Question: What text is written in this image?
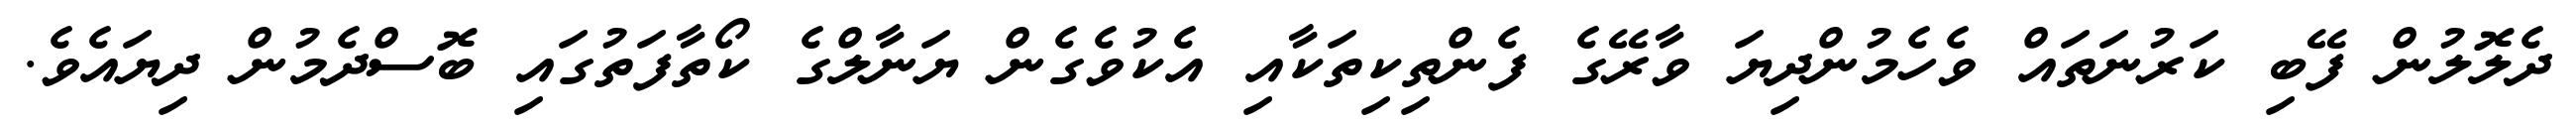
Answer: ދެލޮލުން ފޭބި ކަރުނަތައް ވެހެމުންދިޔަ ވާރޭގެ ފެންތިކިތަކާއި އެކުވެގެން ޔަނާލްގެ ކޯތާފަތުގައި ބޮސްދެމުން ދިޔައެވެ.